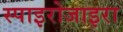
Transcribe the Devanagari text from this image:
स्पाइरोजाइरा